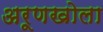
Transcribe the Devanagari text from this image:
अरूणखोला